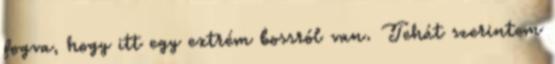
fogva, hogy itt egy extrém bossról van. Tehát szerintem